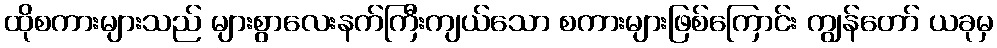
ထိုစကားများသည် များစွာလေးနက်ကြီးကျယ်သော စကားများဖြစ်ကြောင်း ကျွန်တော် ယခုမှ